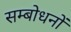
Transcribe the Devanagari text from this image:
सम्बोधनों